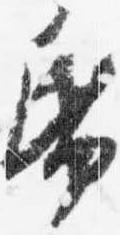
帋